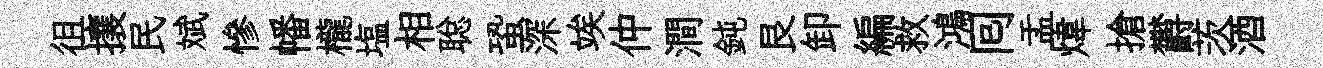
徂攘民斌慘幡櫳塩相聪蛩深竢仲澗鈍艮卸編救鴻囘盂煒搶欝茨酒